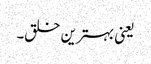
یعنی بہترین خلق۔